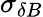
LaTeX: \sigma_{\delta B}